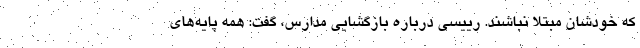
که خودشان مبتلا نباشند. رییسی درباره بازگشایی مدارس، گفت: همه پایه‌های